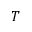
T